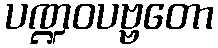
ပဏ္ဍဝပဗ္ဗတော